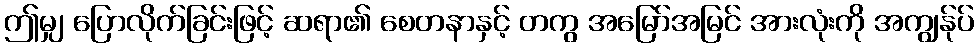
ဤမျှ ပြောလိုက်ခြင်းဖြင့် ဆရာ၏ စေတနာနှင့် တကွ အမြော်အမြင် အားလုံးကို အကျွန်ုပ်